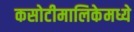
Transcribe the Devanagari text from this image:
कसोटीमालिकेमध्ये